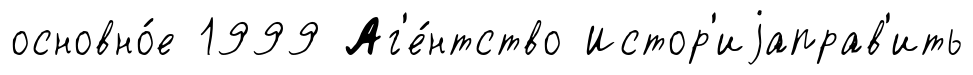
основно́е 1999 Аг'е́нтство Истор'иjаправ'ить